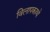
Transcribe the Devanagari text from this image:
विलापकाव्ये